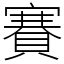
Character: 賽